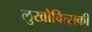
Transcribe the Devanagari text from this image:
लुखोवित्सकी